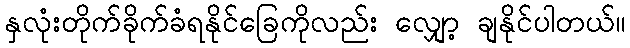
နှလုံးတိုက်ခိုက်ခံရနိုင်ခြေကိုလည်း လျှော့ ချနိုင်ပါတယ်။